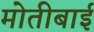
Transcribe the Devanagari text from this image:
मोतीबाई